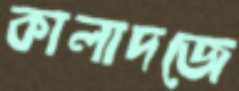
কালাদজে